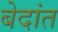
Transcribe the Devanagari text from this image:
बेदांत